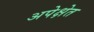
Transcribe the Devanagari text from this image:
अपेक्षेत